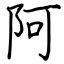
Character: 阿